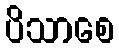
ပိသာစေ